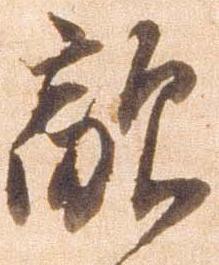
敵